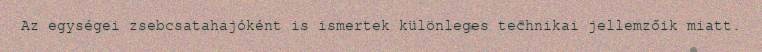
Az egységei zsebcsatahajóként is ismertek különleges technikai jellemzőik miatt.